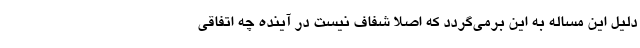
دلیل این مساله به این برمی‌گردد که اصلا شفاف نیست در آینده چه اتفاقی